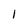
Character: 1